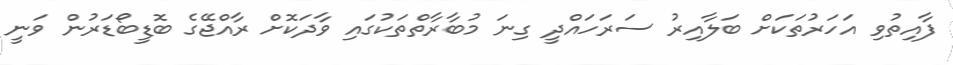
ފާއިތުވި އަހަރުތަކަށް ބަލާއިރު ސަރަހައްދީ ގިނަ މުބާރާތްތަކުގައި ވާދަކޮށް ރާއްޖޭގެ ބޮޑީބޯޑަރުން ވަނީ